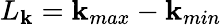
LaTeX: L_{\mathbf{k}}=\mathbf{k}_{max}-\mathbf{k}_{min}